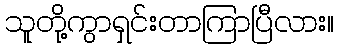
သူတို့ကွာရှင်းတာကြာပြီလား။